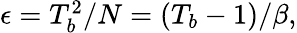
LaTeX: \begin{array}{r}{\epsilon=T_{b}^{2}/N=(T_{b}-1)/\beta,}\end{array}